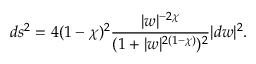
d s ^ { 2 } = 4 ( 1 - \chi ) ^ { 2 } \frac { | w | ^ { - 2 \chi } } { ( 1 + | w | ^ { 2 ( 1 - \chi ) } ) ^ { 2 } } | d w | ^ { 2 } .